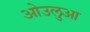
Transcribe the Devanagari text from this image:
ओउलुआ